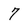
Character: 7